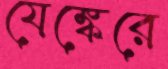
যেঙ্কেরে